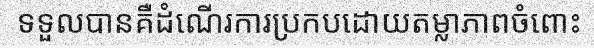
ទទួលបានគឺដំណើរការប្រកបដោយតម្លាភាពចំពោះ